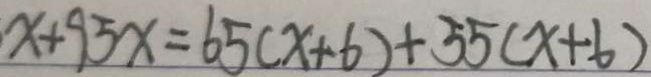
x + 9 5 x = 6 5 ( x + 6 ) + 5 5 ( x + 6 )